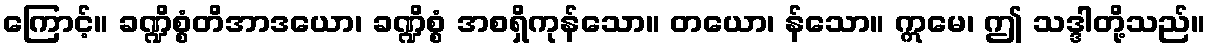
ကြောင့်။ ခဏ္ဍိစ္စံတိအာဒယော၊ ခဏ္ဍိစ္စံ အစရှိကုန်သော။ တယော၊ န်သော။ ဣမေ၊ ဤ သဒ္ဒါတို့သည်။